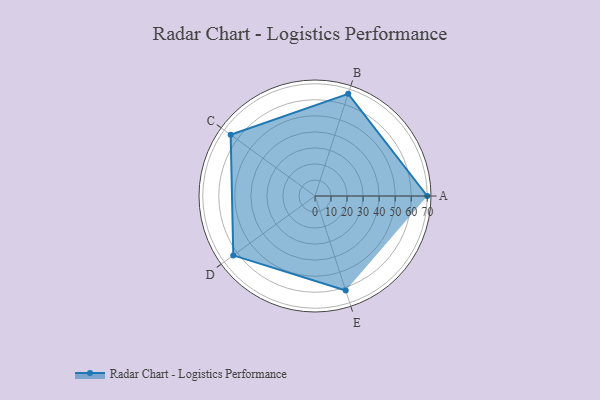
{"axis": {"x": "Skill", "y": "Score"}, "legend": ["Profile"], "data": [{"x": "A", "y": 70.0, "type": "Profile"}, {"x": "B", "y": 67.0, "type": "Profile"}, {"x": "C", "y": 65.0, "type": "Profile"}, {"x": "D", "y": 63.0, "type": "Profile"}, {"x": "E", "y": 62.0, "type": "Profile"}]}